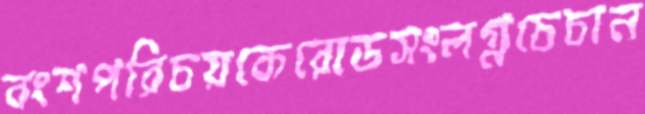
বংশপরিচয়কেরোডসংলগ্নচেচান